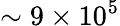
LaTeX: \sim 9\times 10^{5}